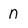
Character: n